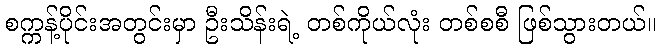
စက္ကန့်ပိုင်းအတွင်းမှာ ဦးသိန်းရဲ့ တစ်ကိုယ်လုံး တစ်စစီ ဖြစ်သွားတယ်။